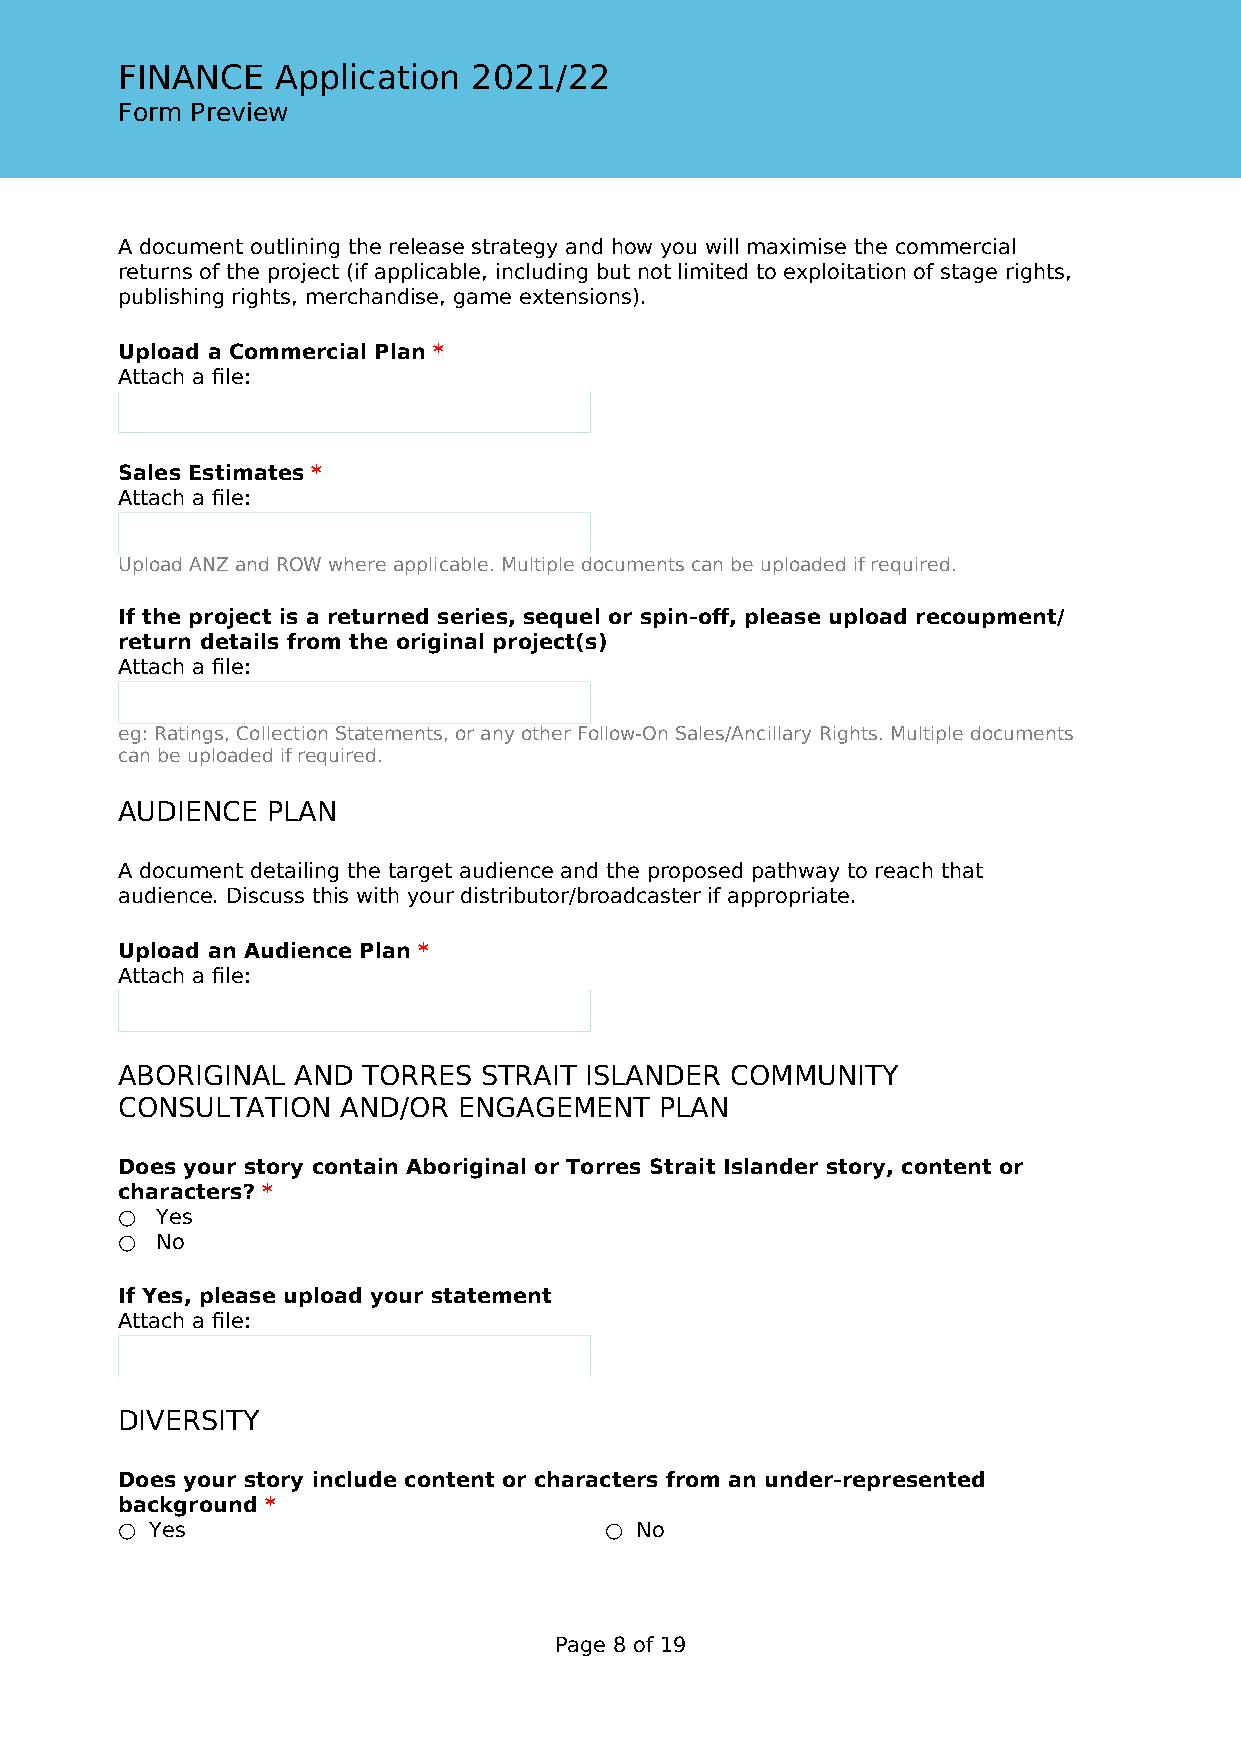
FINANCE   Application  2021/22
 Form Preview
 A document outlining the release strategy and how you will maximise the commercial
 returns of the project (if applicable, including but not limited to exploitation of stage rights,
 publishing rights, merchandise, game extensions).
 Upload a Commercial Plan *
 Attach a file:
 Sales Estimates *
 Attach a file:
 Upload ANZ and ROW where applicable. Multiple documents can be uploaded if required.
 If the project is a returned series, sequel or spin-off, please upload recoupment/
 return details from the original project(s)
 Attach a file:
 eg: Ratings, Collection Statements, or any other Follow-On Sales/Ancillary Rights. Multiple documents
 can be uploaded if required.
 AUDIENCE  PLAN
 A document detailing the target audience and the proposed pathway to reach that
 audience. Discuss this with your distributor/broadcaster if appropriate.
 Upload an Audience Plan *
 Attach a file:
 ABORIGINAL  AND TORRES  STRAIT ISLANDER COMMUNITY
 CONSULTATION   AND/OR ENGAGEMENT    PLAN
 Does your story contain Aboriginal or Torres Strait Islander story, content or
 characters? *
 ○ Yes
 ○ No
 If Yes, please upload your statement
 Attach a file:
 DIVERSITY
 Does your story include content or characters from an under-represented
 background *
 ○ Yes                           ○ No
 Page 8 of 19